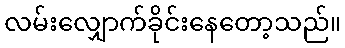
လမ်းလျှောက်ခိုင်းနေတော့သည်။